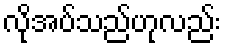
လိုအပ်သည်ဟုလည်း